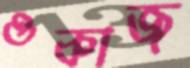
ওকাজ